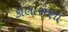
કોલાસણા